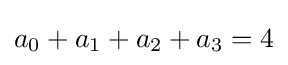
a_{0}+a_{1}+a_{2}+a_{3}=4